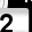
Digit: 2